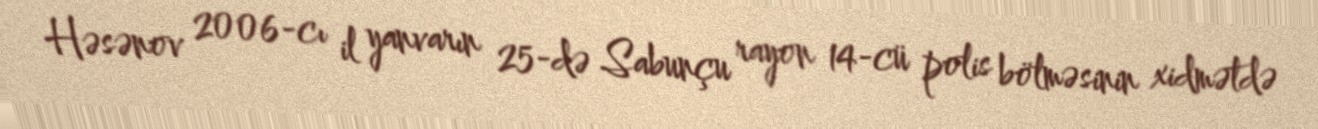
Həsənov 2006-cı il yanvarın 25-də Sabunçu rayon 14-cü polis bölməsinin xidmətdə